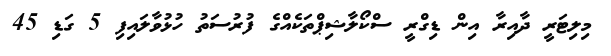
މިލިޓަރީ ދާއިރާ އިން ޑިގްރީ ސްކޯލާޝިޕްތަކެއްގެ ފުރުސަތު ހުޅުވާލައިފި 5 ގަޑި 45